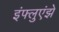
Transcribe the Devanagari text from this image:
इंफ्लुएंझे